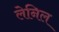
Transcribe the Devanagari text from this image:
लेनिल